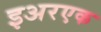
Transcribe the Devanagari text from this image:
इअरएक